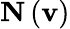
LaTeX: \mathbf{N}\left(\mathbf{v}\right)